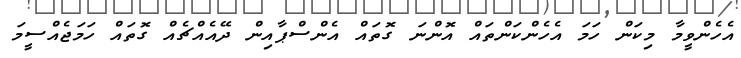
އެހެންވީމާ މިކަން ހަމަ އެހެންކަންތައް އޮންނަ ގޮތައް އެންސްޕާއިން ދޭއެއްޗެއް ގޮތައް ހަމަޖެއްސީމަ